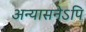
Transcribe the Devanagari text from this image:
अन्यासनेऽपि